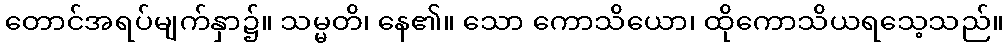
တောင်အရပ်မျက်နှာ၌။ သမ္မတိ၊ နေ၏။ သော ကောသိယော၊ ထိုကောသိယရသေ့သည်။